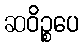
ဆဝိဉ္စပေ